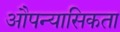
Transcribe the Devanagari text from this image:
औपन्यासिकता